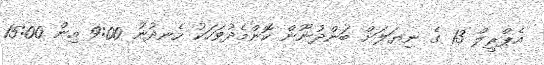
އެޕްރީލް 13 ގެ ނިޔަލަށް ބަންދުނޫން ކޮންމެދުވަހަކު ހެނދުނު 9:00 އިން 15:00